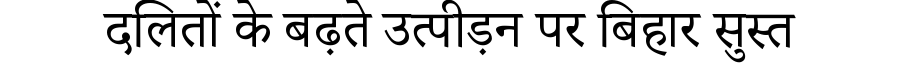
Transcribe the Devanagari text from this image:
दलितों के बढ़ते उत्पीड़न पर बिहार सुस्त